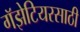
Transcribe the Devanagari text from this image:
गॅझेटियरसाठी